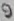
Text: 9